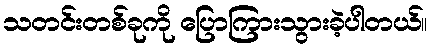
သတင်းတစ်ခုကို ပြောကြားသွားခဲ့ပါတယ်။